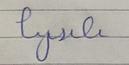
Signature authenticity: forged